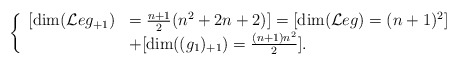
\begin{align*}\left\{\begin{array}{ll}[\dim(\mathcal{L}eg_{+1})&=\frac{n+1}{2}(n^2+2n+2)]=[\dim(\mathcal{L}eg)=(n+1)^2]\\&+[\dim((g_1)_{+1})=\frac{(n+1)n^2}{2}].\\\end{array}\right.\end{align*}